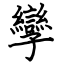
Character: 孿